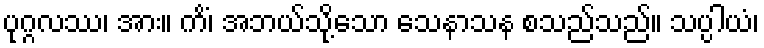
ပုဂ္ဂလဿ၊ အား။ ကိံ၊ အဘယ်သို့သော သေနာသန စသည်သည်။ သပ္ပါယံ၊